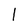
Character: l